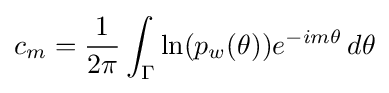
c_{m}={\frac {1}{2\pi }}\int _{\Gamma }\ln(p_{w}(\theta ))e^{-im\theta }\,d\theta